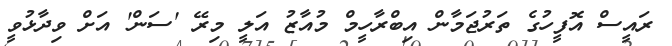
ރައީސް އޮފީހުގެ ތަރުޖަމާން އިބްރާހީމް މުއާޒު އަލީ މިރޭ 'ސަން' އަށް ވިދާޅުވީ